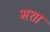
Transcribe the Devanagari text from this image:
भशा